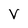
Character: V